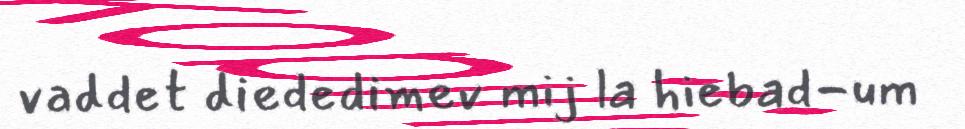
vaddet diededimev mij la hiebad-um